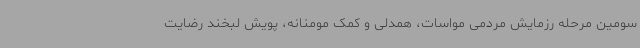
سومین مرحله رزمایش مردمی مواسات، همدلی و کمک مومنانه، پویش لبخند رضایت